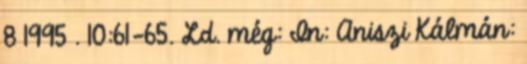
8 1995 . 10:61-65. Ld. még: In: Aniszi Kálmán: